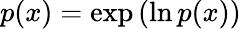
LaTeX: p(x)=\exp{(\ln{p(x)})}